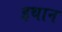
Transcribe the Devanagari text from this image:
इथान